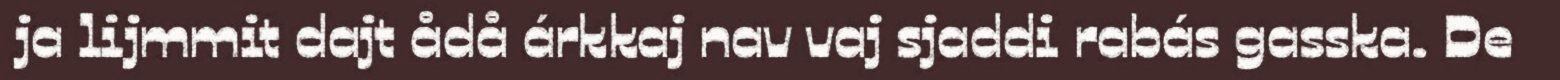
ja lijmmit dajt ådå árkkaj nav vaj sjaddi rabás gasska. De